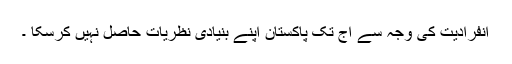
انفرادیت کی وجہ سے آج تک پاکستان اپنے بنیادی نظریات حاصل نہیں کرسکا ۔